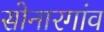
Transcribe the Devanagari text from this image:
सोनारगांव